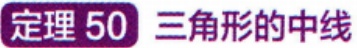
定理 50 三角形的中线